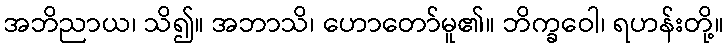
အဘိညာယ၊ သိ၍။ အဘာသိ၊ ဟောတော်မူ၏။ ဘိက္ခဝေါ၊ ရဟန်းတို့။